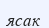
ясак